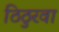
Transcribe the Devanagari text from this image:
ठिठुरवा